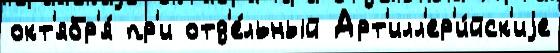
окт'ябр'я́ пр'и отд'е́льный Арт'илл'ер'и́йск'иjе